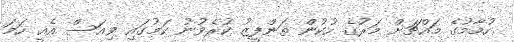
ހުމާމުގެ މައްޗަށް މަރުގެ ހުކުން ތަންފީޒު ކުރެވުނު ކަމުގައި ވިއަސް އެއީ ހަމަ